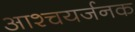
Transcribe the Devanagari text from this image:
आश्चयर्जनक